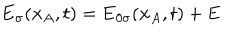
{ \bf E } _ { \sigma } ( { \bf x } _ { A } , t ) = { \bf E } _ { 0 \sigma } ( { \bf x } _ { A } , t ) + { \bf E }